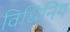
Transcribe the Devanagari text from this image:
विधिनिय